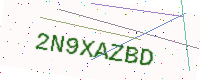
Text: 2N9XAZBD